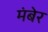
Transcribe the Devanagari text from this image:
मंबेर